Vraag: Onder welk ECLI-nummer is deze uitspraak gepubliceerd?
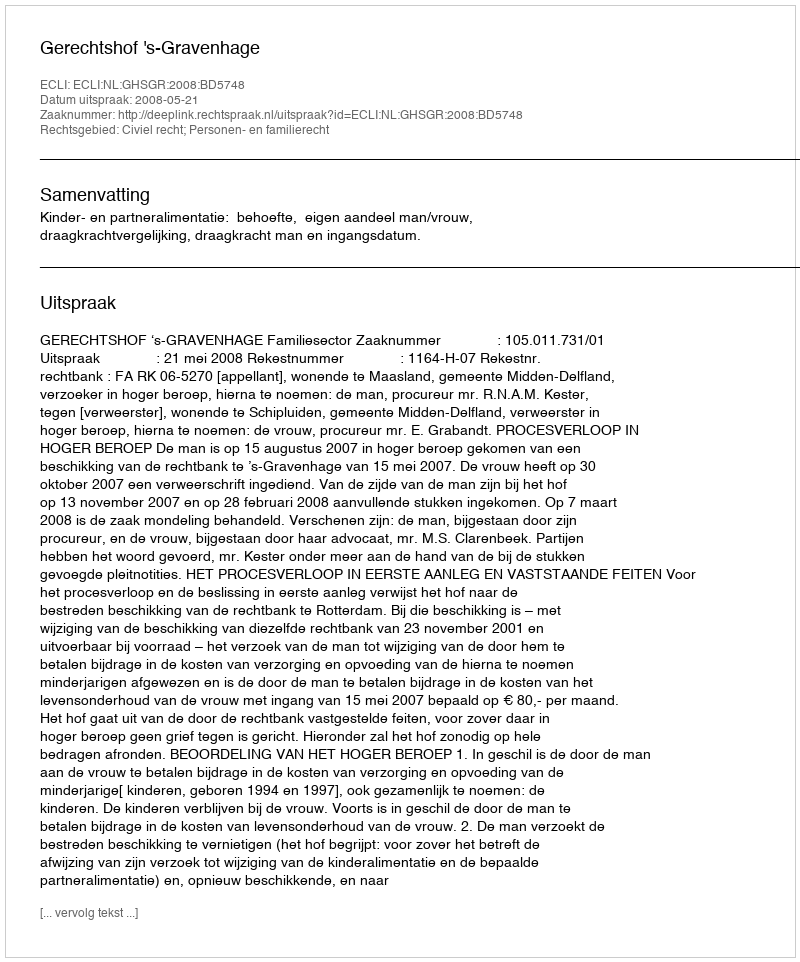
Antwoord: ECLI:NL:GHSGR:2008:BD5748